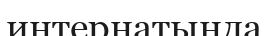
интернатында